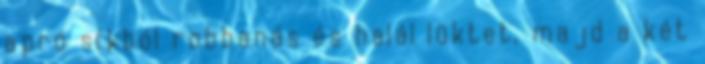
apró síkból robbanás és halál lüktet, majd a két